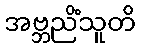
အဗ္ဘညိံသူတိ